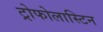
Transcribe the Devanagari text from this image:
ट्रोफोलास्टिन